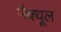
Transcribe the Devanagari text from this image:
मैक्यूल